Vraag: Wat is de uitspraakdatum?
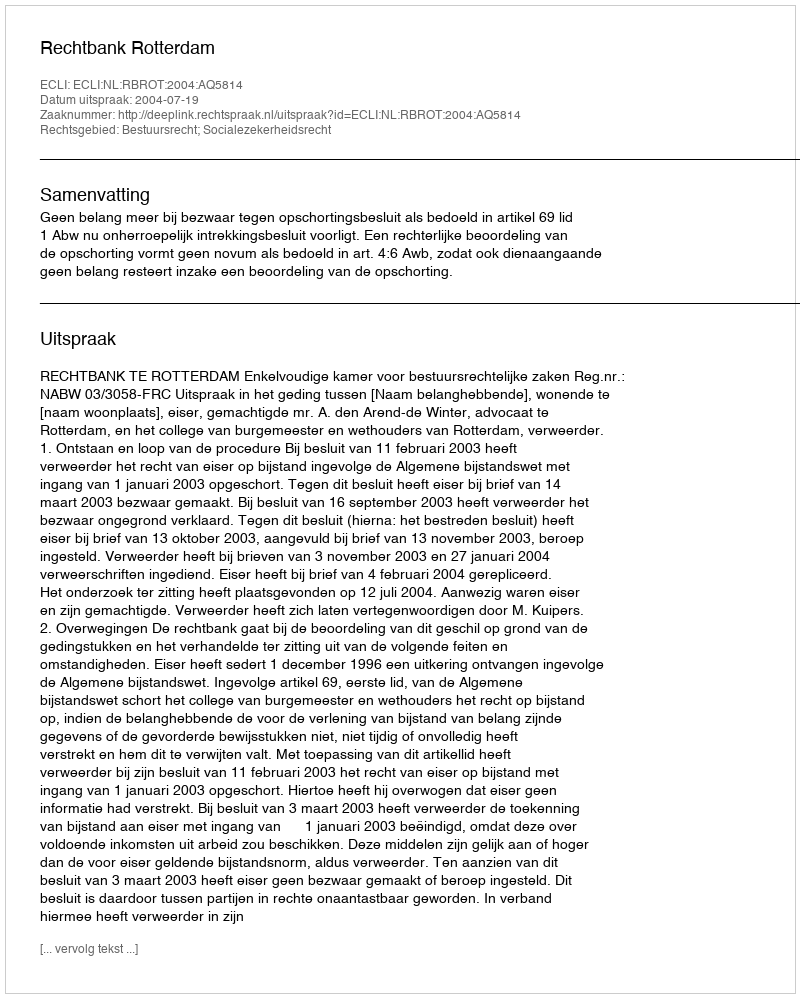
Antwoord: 2004-07-19